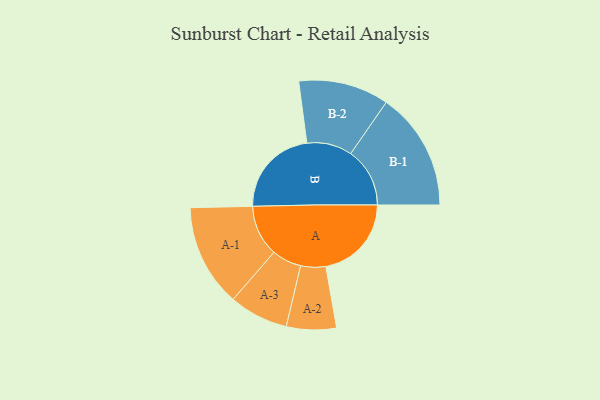
{"axis": {"x": "Segment", "y": "Value"}, "legend": ["", "A", "B"], "data": [{"x": "A", "y": 388, "type": ""}, {"x": "B", "y": 406, "type": ""}, {"x": "A-1", "y": 232, "type": "A"}, {"x": "A-2", "y": 113, "type": "A"}, {"x": "A-3", "y": 134, "type": "A"}, {"x": "B-1", "y": 268, "type": "B"}, {"x": "B-2", "y": 205, "type": "B"}]}